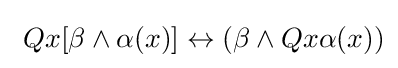
\ Qx[\beta \land \alpha (x)]\leftrightarrow (\beta \land Qx\alpha (x))